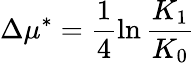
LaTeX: \Delta\mu^{*}=\frac{1}{4}\ln\frac{K_{1}}{K_{0}}